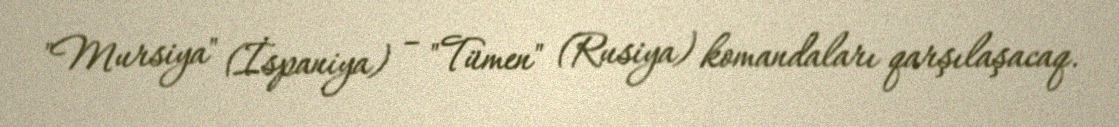
"Mursiya" (İspaniya) – "Tümen" (Rusiya) komandaları qarşılaşacaq.